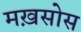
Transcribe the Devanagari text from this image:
मख़सोस